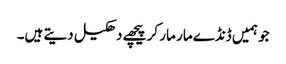
جو ہمیں ڈنڈے مار مار کر پیچھے دھکیل دیتے ہیں۔